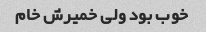
خوب بود ولی خمیرش خام